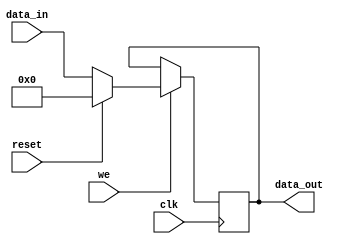
module register(
    input [31:0] data_in,
    input we, clk, reset,
    output reg [31:0] data_out
);

    always @(posedge clk)
        if(we) begin
            if(reset)
                data_out = 0;
            else
                data_out = data_in;
        end
endmodule